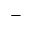
^ -